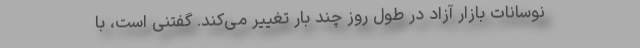
نوسانات بازار آزاد در طول روز چند بار تغییر می‌کند. گفتنی است، با